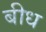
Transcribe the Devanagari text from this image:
बीध